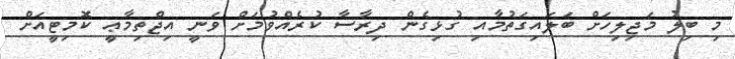
މި ބިލު މަޖިލިހަށް ބަލައިގަތުމާއި ގުޅިގެން ދިރާސާ ކުރެއްވުމަށް ވަނީ އިޖްތިމާޢީ ކޮމިޓީއަށް